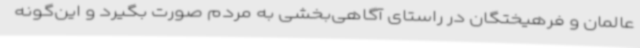
عالمان و فرهیختگان در راستای آگاهی‌بخشی به مردم صورت بگیرد و این‌گونه